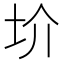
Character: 圿